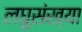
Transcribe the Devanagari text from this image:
लघुसंख्या